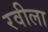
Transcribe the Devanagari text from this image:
रवीला